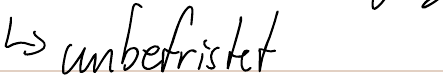
-> unbefristet